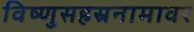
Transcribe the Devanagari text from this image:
विष्णुसहस्रनामावर